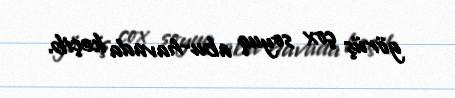
görüş çox soyuq abu-havada keçib.